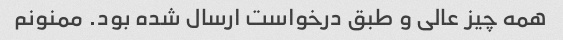
همه چیز عالی و طبق درخواست ارسال شده بود. ممنونم